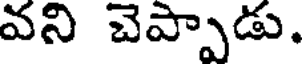
వని చెప్పాడు.